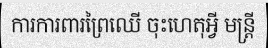
ការការពារព្រៃឈើ ចុះហេតុអ្វី មន្ត្រី